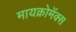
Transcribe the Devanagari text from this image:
मायक्रोमॅक्स